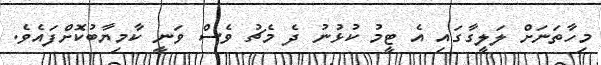
މިހާތަނަށް ލަލީގާގައި އެ ޓީމު ކުޅުނު ދެ މެޗު ވެސް ވަނީ ކާމިޔާބުކޮށްފައެވެ.